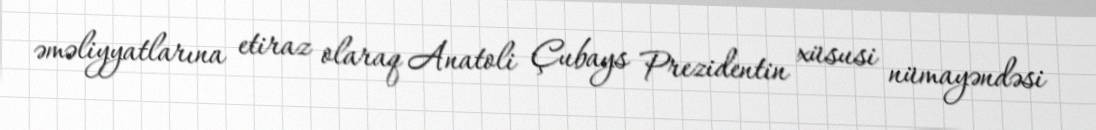
əməliyyatlarına etiraz olaraq Anatoli Çubays Prezidentin xüsusi nümayəndəsi